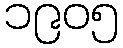
၁၉၀၅